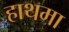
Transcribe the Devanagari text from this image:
हाथमा